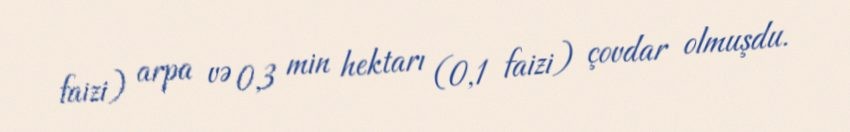
faizi) arpa və 0,3 min hektarı (0,1 faizi) çovdar olmuşdu.